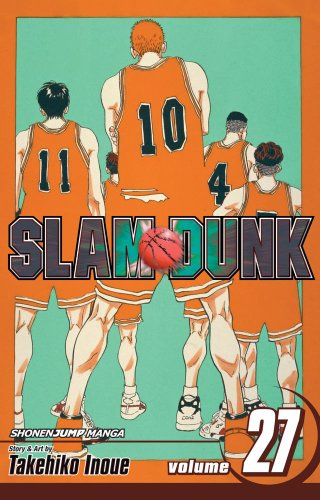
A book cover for Slam Dunk, Vol. 27; Takehiko Inoue; Comics & Graphic Novels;